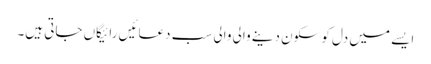
ایسے میں دل کو سکون دینے والی والی سب دعائیں رائیگاں جاتی ہیں۔